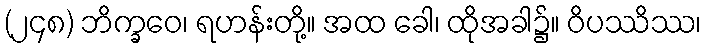
(၂၄၈) ဘိက္ခဝေ၊ ရဟန်းတို့။ အထ ခေါ၊ ထိုအခါ၌။ ဝိပဿိဿ၊